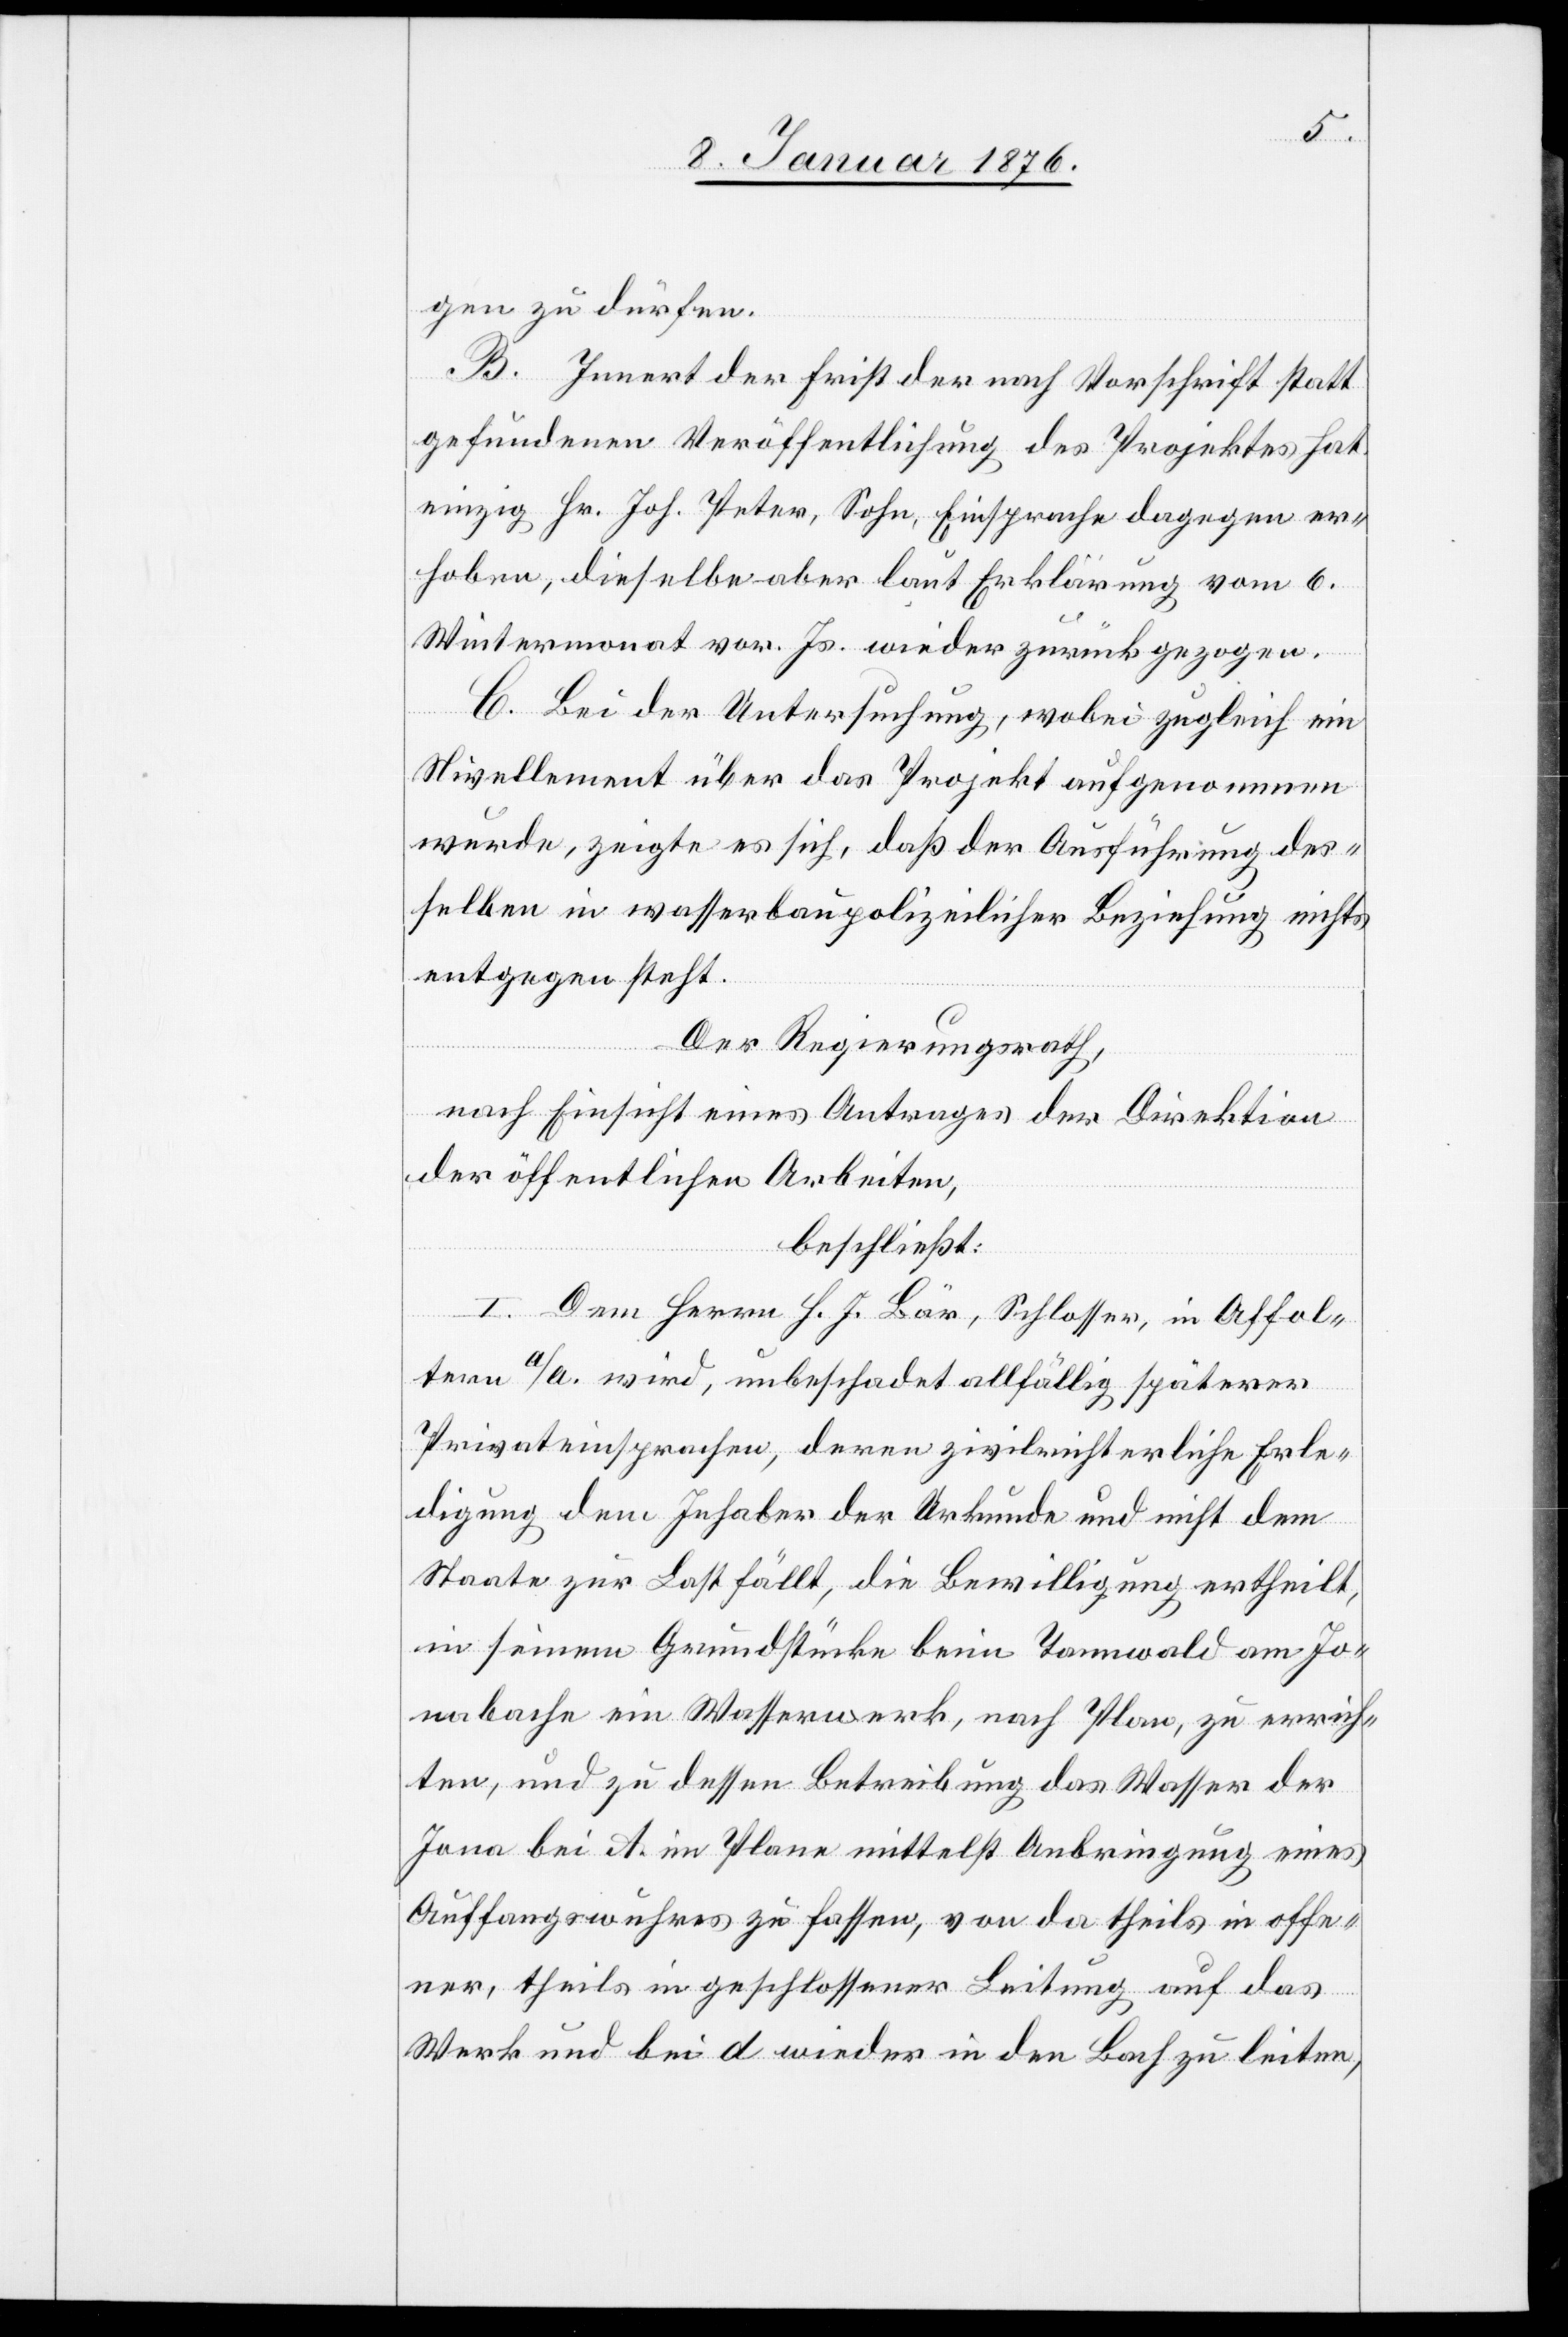
gen zu dürfen.
B. Innert der Frist der nach Vorschrift statt
gefundenen Veröffentlichung des Projektes hat
einzig Hr. Joh. Peter, Sohn, Einsprache dagegen er¬
hoben, dieselbe aber laut Erklärung vom 6.
Wintermonat vor. Js. wieder zurückgezogen.
C. Bei der Untersuchung, wobei zugleich ein
Nivellement über das Projekt aufgenommen
wurde, zeigt es sich, daß der Ausführung des¬
selben in wasserbaupolizeilicher Beziehung nichts
entgegen steht.
Der Regierungsrath,
nach Einsicht eines Antrages der Direktion
der öffentlichen Arbeiten,
beschließt:
I. Dem Herrn H. J. Bär, Schlosser, in Affol¬
tern a/A. wird, unbeschadet allfällig späterer
Privateinsprachen, deren zivilrichterliche Erle¬
digung dem Inhaber der Urkunde und nicht dem
Staate zur Last fällt, die Bewilligung ertheilt,
in seinem Grundstücke beim Tannwald am Jo¬
nabache ein Wasserwerk, nach Plan, zu errich¬
ten, und zu dessen Betreibung das Wasser der
Jona bei A. im Plane mittelst Anbringung eines
Auffangswuhres zu fassen, von da theils in offe¬
ner, theils in geschlossener Leitung auf das
Werk und bei d wieder in den Bach zu leiten,